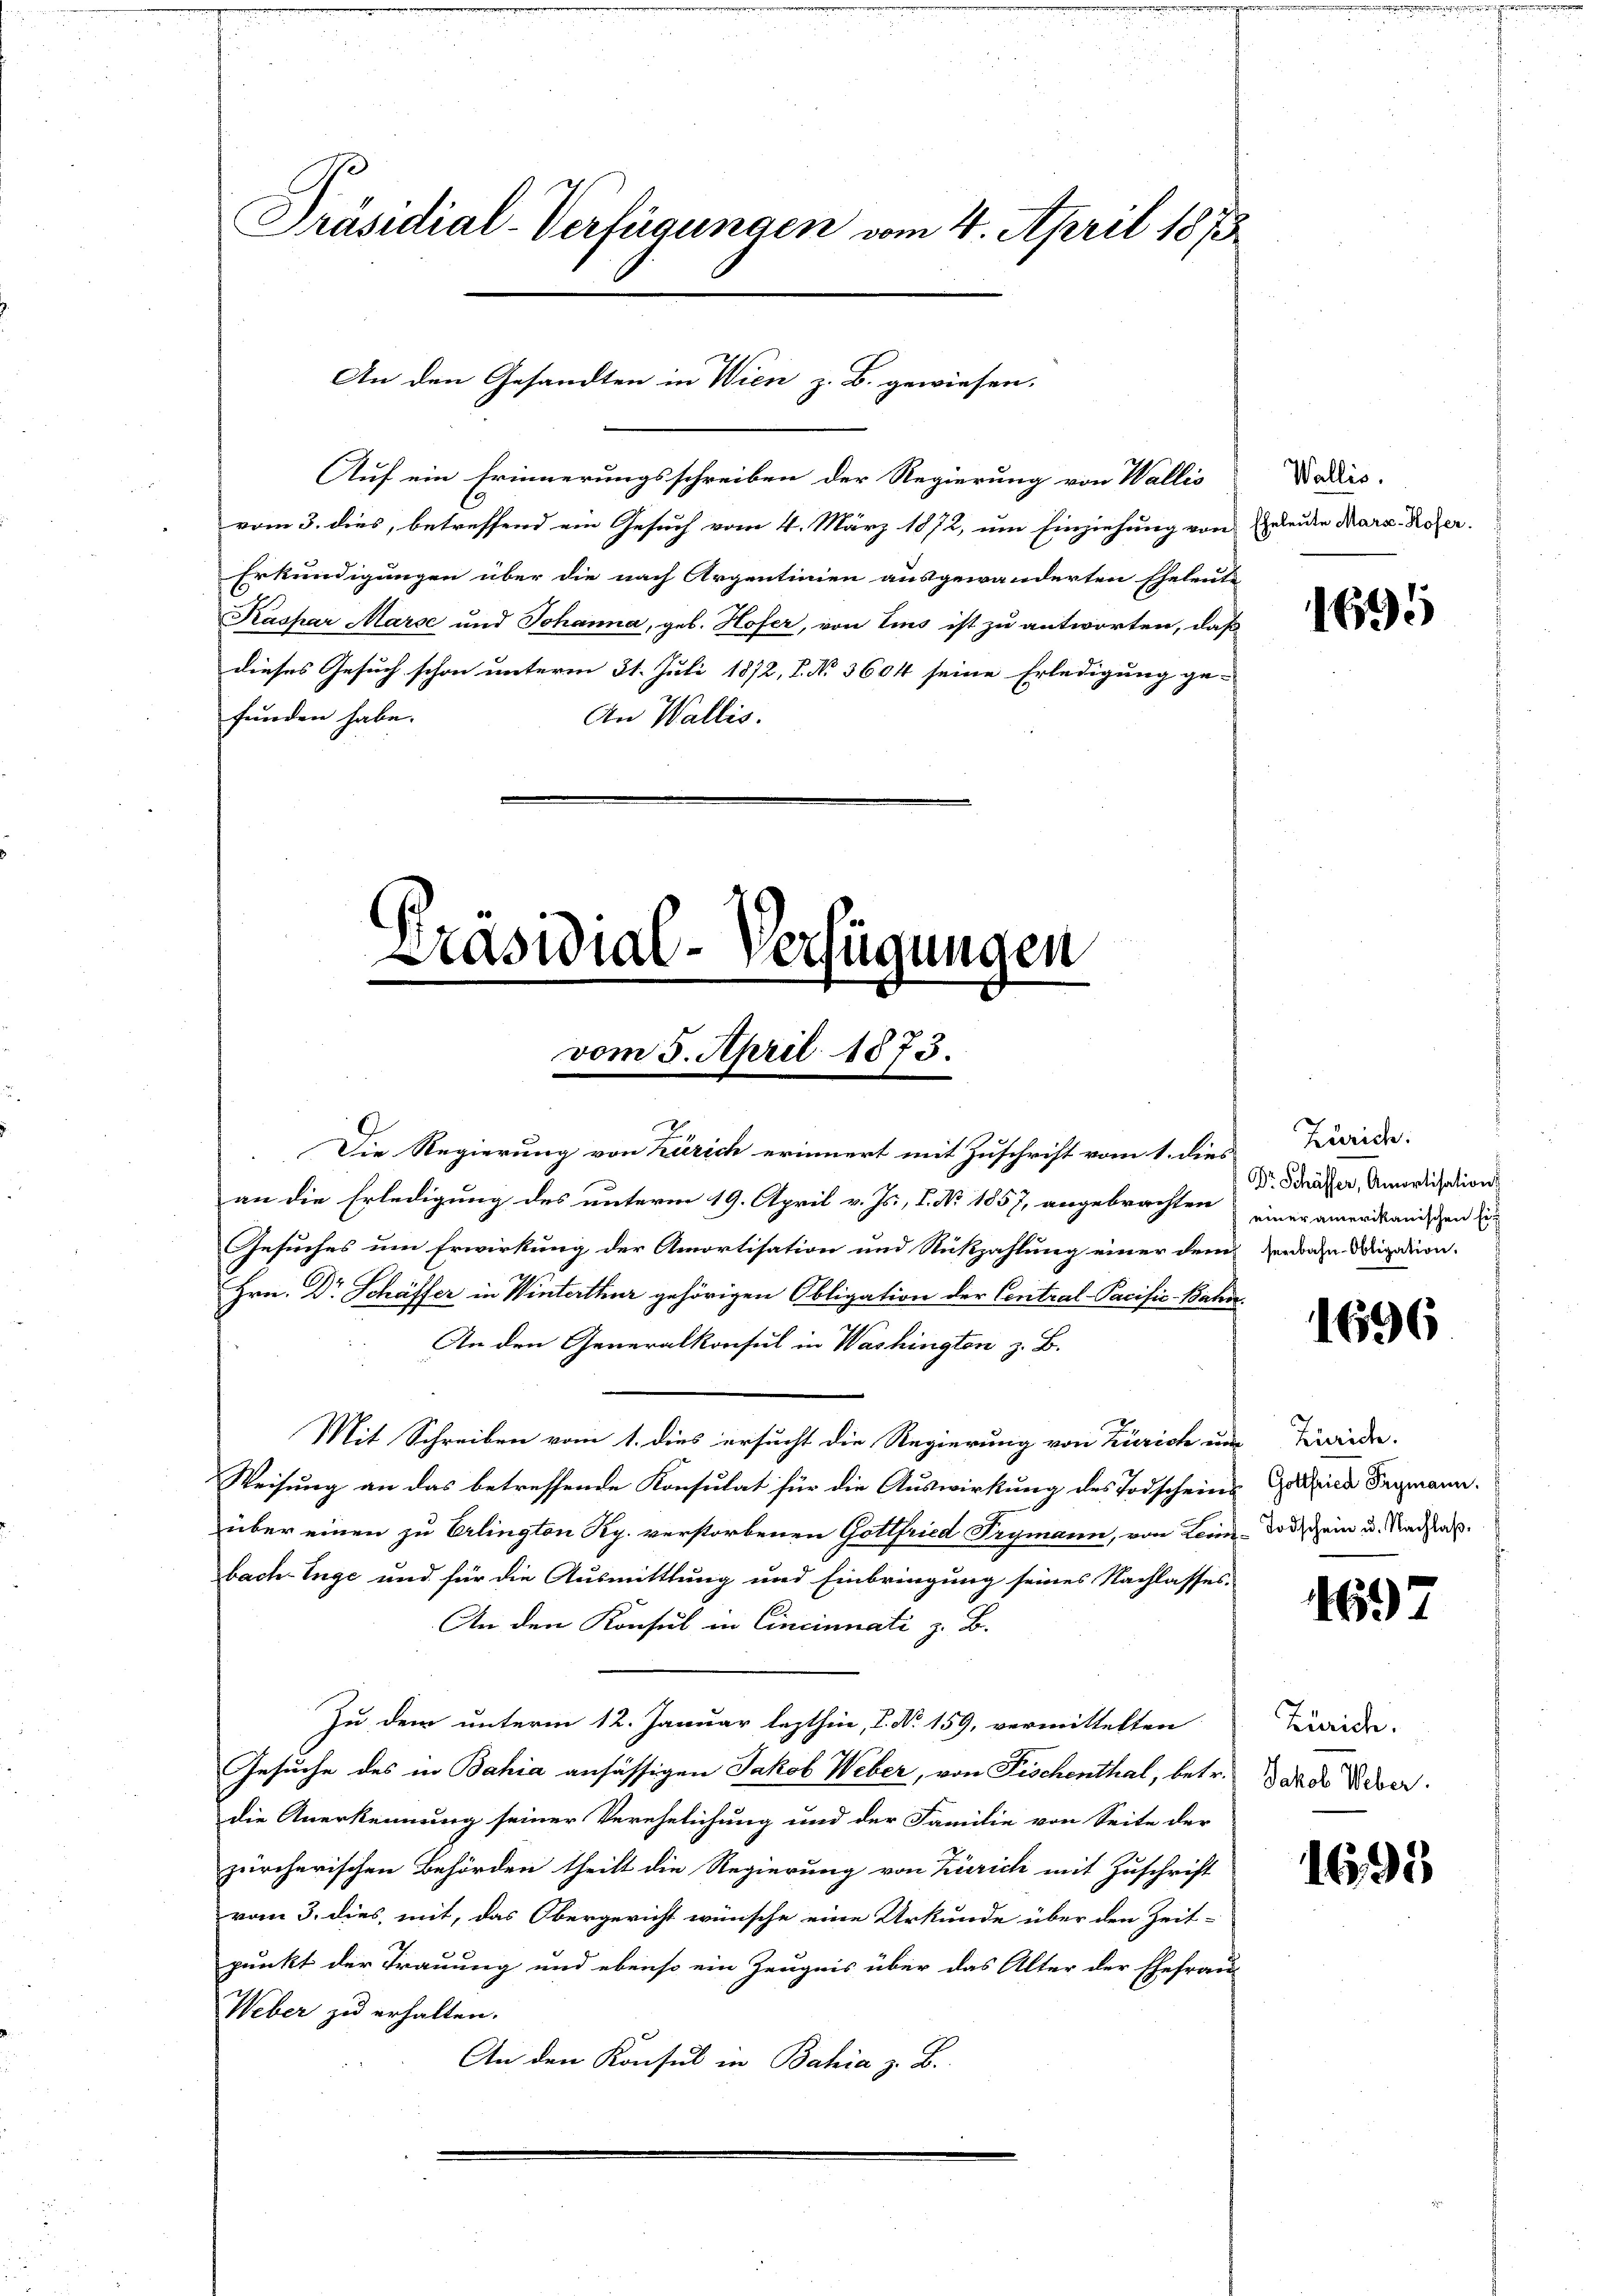
Präsidial-Verfügungen vom 4. April 1873

An den Gesandten in Wien z. B. gewiesen.

Auf ein Erinnerungsschreiben der Regierung von Wallis
vom 3. dies, betreffend ein Gesuch vom 4. März 1872, um Einziehung von
Erkundigungen über die nach Argentinien ausgewanderten Eheleute
Kaspar Marse und Johanna, geb. Hofer, von Eins ist zu antworten, daß
dieses Gesuch schon unterm 31. Juli 1872, 8. No 3604 seine Erledigung ge-
funden habe.
An Wallis.

Präsidial-Verfügungen
vom 5. April 1873.

Die Regierung von Zürich erinnert mit Zuschrift vom 1. dies
an die Erledigung des unterm 19. April v. Js., I. No. 1857, angebrachten
Gesuches um Erwirkung der Amortisation und Rückzahlung einer dem Zenden Digation.
Hrn. Dr Schäffer in Winterthur gehörigen Obligation der Central-Pacific-Bahn
An den Generalkonsul in Washingten z. B.
Mit Schreiben vom 1. dies ersucht die Regierung von Zürich um Erwiede
Weisung an das betreffende Konsulat für die Auswirkung des Todscheinüber einen zu Erlington Rp. verstorbenen Gottfried Frymann, von Leine-Vorschein u. Nachlabach-Enge und für die Ausmittlung und Einbringung seines Nachlasses.
An den Konsul in Cincinnati z. B.
Zu dem unterm 12. Januar lezthin, I. No. 159, vermittelten
Gesuche des in Bahia ansässigen Jakob Weber, von Fischenthal, betr.
die Anerkennung seiner Verehelichung und der Familie von Seite der
zürcherischen Behörden theilt die Regierung von Zürich mit Zuschrift
vom 3. dies, mit, das Obergericht wünsche eine Urkunde über den Zeit-
punkt der Trauung und ebenso ein Zeugnis über das Alter der Ehefrau-
Weber zu erhalten.
An den Konsul in Bahia z. B.

Wallis.
Eheleute Mars-Hofer.

1695

Zürich.
Dr. Schäffer, Amortisations
 einer amerikanischen Ein

1696

Gottfried Frymann.

4697

Zürich.
Jakob Weber.

1695